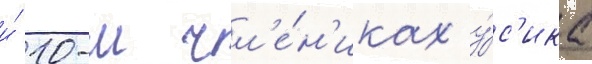
и́ 10-м чл'е́н'иках у́с'ика